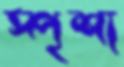
স্পৃশ্য